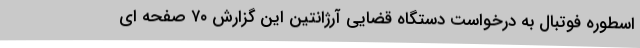
اسطوره فوتبال به درخواست دستگاه قضایی آرژانتین این گزارش ۷۰ صفحه ای